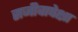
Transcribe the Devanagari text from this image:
सजीवापेक्षा